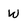
Character: W